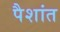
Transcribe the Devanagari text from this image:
पैशांत